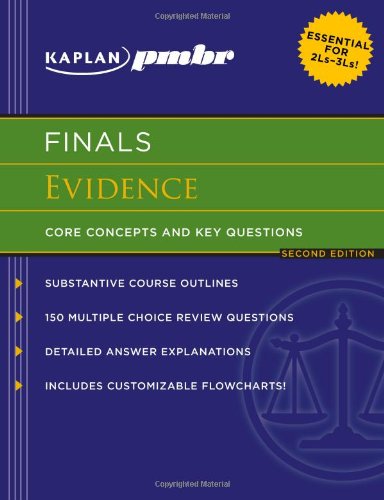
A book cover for Kaplan PMBR FINALS: Evidence: Core Concepts and Key Questions; Kaplan PMBR; Law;